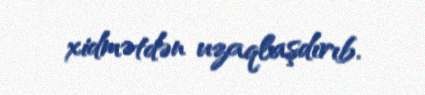
xidmətdən uzaqlaşdırıb.